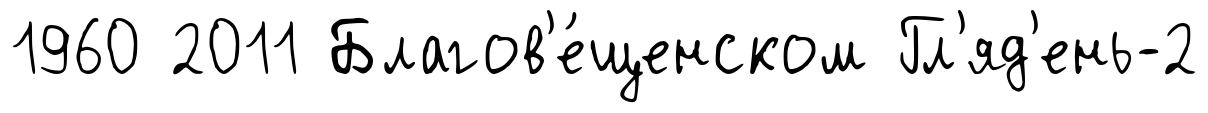
1960 2011 Благов'е́щенском Гл'яд'ень-2